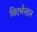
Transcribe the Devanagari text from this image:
विदर्भनंदन